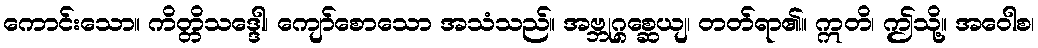
ကောင်းသော။ ကိတ္တိသဒ္ဒေါ၊ ကျော်စောသော အသံသည်။ အဗ္ဘုဂ္ဂစ္ဆေယျ၊ တတ်ရာ၏။ ဣတိ၊ ဤသို့။ အဝေါစ၊